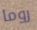
روما